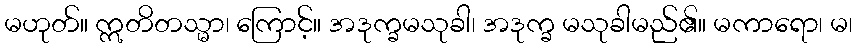
မဟုတ်။ ဣတိတသ္မာ၊ ကြောင့်။ အဒုက္ခမသုခါ၊ အဒုက္ခ မသုခါမည်၏။ မကာရော၊ မ၊